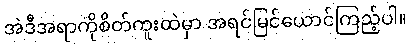
အဲဒီအရာကိုစိတ်ကူးထဲမှာ အရင်မြင်ယောင်ကြည့်ပါ။